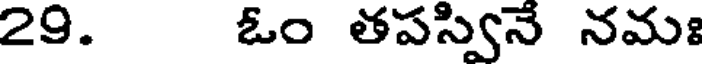
29. ఓం తపస్వినే నమః